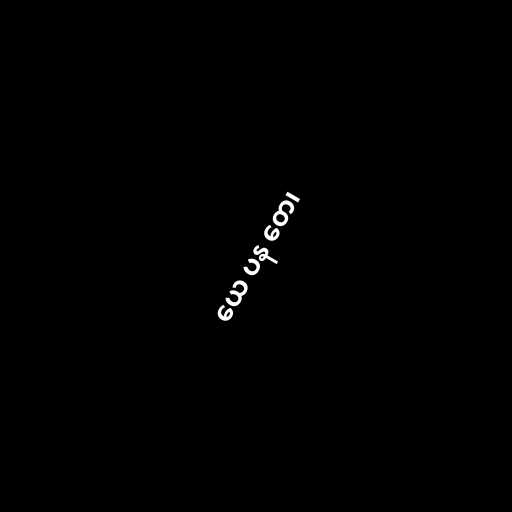
ယေ ပန တေ၊